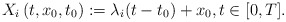
\begin{align*}X_i\left(t, x_{0}, t_{0}\right) := \lambda_i(t-t_{0})+x_{0}, t \in[0, T].\end{align*}